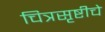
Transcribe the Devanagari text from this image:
चित्रसृष्टीचे